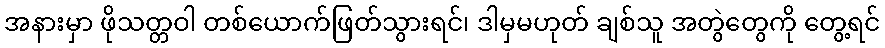
အနားမှာ ဖိုသတ္တဝါ တစ်ယောက်ဖြတ်သွားရင်၊ ဒါမှမဟုတ် ချစ်သူ အတွဲတွေကို တွေ့ရင်